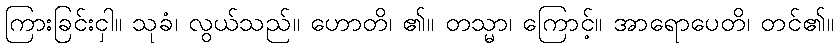
ကြားခြင်းငှါ။ သုခံ၊ လွယ်သည်။ ဟောတိ၊ ၏။ တသ္မာ၊ ကြောင့်။ အာရောပေတိ၊ တင်၏။